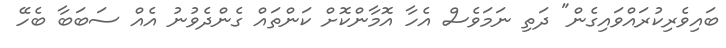
ބައިވެރިކުރައްވައިގެން" ދަތި ނަމަވެސް އެހާ އޮމާންކޮށް ކަންތައް ގެންދެވުނު އެއް ސަބަބާ ބެހޭ